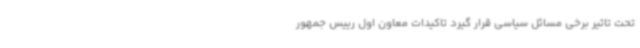
تحت تاثیر برخی مسائل سیاسی قرار گیرد تاکیدات معاون اول رییس جمهور